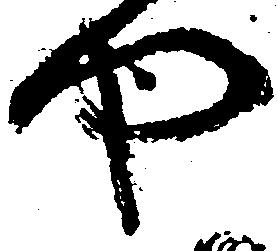
や